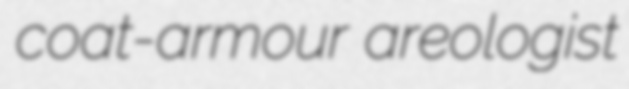
coat-armour areologist